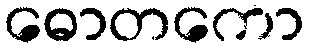
ဓောတကော